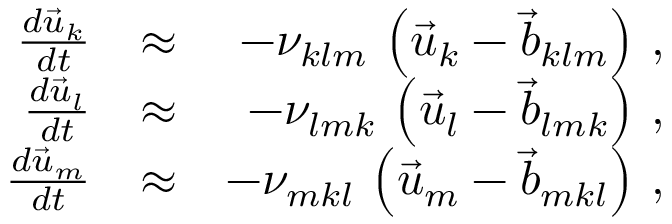
\begin{array} { r l r } { \frac { d \vec { u } _ { k } } { d t } } & { \approx } & { - \nu _ { k l m } \, \left( \vec { u } _ { k } - \vec { b } _ { k l m } \right) \, , } \\ { \frac { d \vec { u } _ { l } } { d t } } & { \approx } & { - \nu _ { l m k } \, \left( \vec { u } _ { l } - \vec { b } _ { l m k } \right) \, , } \\ { \frac { d \vec { u } _ { m } } { d t } } & { \approx } & { - \nu _ { m k l } \, \left( \vec { u } _ { m } - \vec { b } _ { m k l } \right) \, , } \end{array}